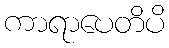
ကာရာပေတိပိ